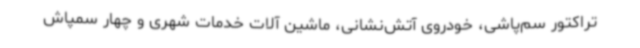
تراکتور سم‌پاشی، خودروی آتش‌نشانی، ماشین آلات خدمات شهری و چهار سمپاش